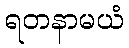
ရတနာမယံ